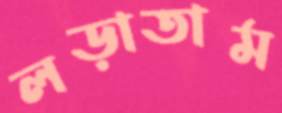
লড়াতাম